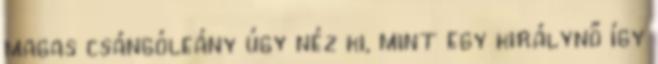
magas csángóleány úgy néz ki, mint egy királynő így